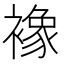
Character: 襐